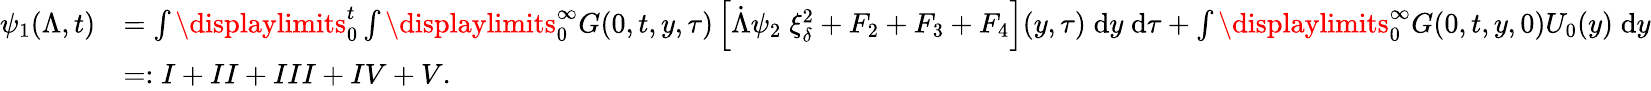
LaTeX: \begin{array}{rl}{\psi_{1}(\Lambda,t)}&{=\int\displaylimits_{0}^{t}\int\displaylimits_{0}^{\infty}G(0,t,y,\tau)\left[\dot{\Lambda}\psi_{2}\; \xi_{\delta}^{2}+F_{2}+F_{3}+F_{4}\right](y,\tau)\; \mathrm{d}y\; \mathrm{d}\tau+\int\displaylimits_{0}^{\infty}G(0,t,y,0)U_{0}(y)\; \mathrm{d}y}\\ &{=:I+II+III+IV+V.}\end{array}